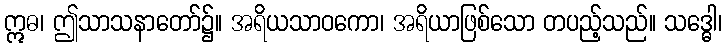
ဣဓ၊ ဤသာသနာတော်၌။ အရိယသာဝကော၊ အရိယာဖြစ်သော တပည့်သည်။ သဒ္ဓေါ၊